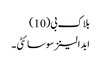
بلاک بی(10)
ابدالینز سوسائٹی ۔